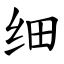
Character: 细